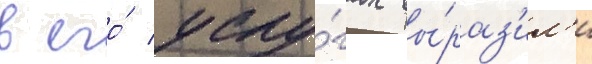
в его́ услу́гах вы́раз'ил'и